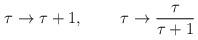
LaTeX: \begin{align*}\tau \rightarrow \tau +1,\;\;\;\;\;\;\;\; \tau\rightarrow \frac{\tau}{\tau +1}\end{align*}